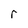
Character: r